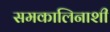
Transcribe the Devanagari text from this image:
समकालिनाशी